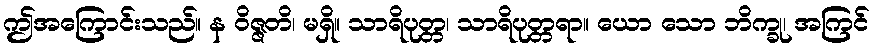
ဤအကြောင်းသည်။ န ဝိဇ္ဇတိ၊ မရှိ။ သာရိပုတ္တ၊ သာရိပုတ္တရာ။ ယော သော ဘိက္ခု၊ အကြင်